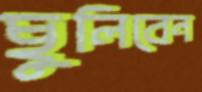
ছুলিবেন